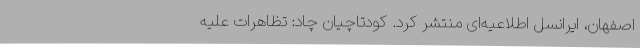
اصفهان، ایرانسل اطلاعیه‌ای منتشر کرد. کودتاچیان چاد: تظاهرات علیه